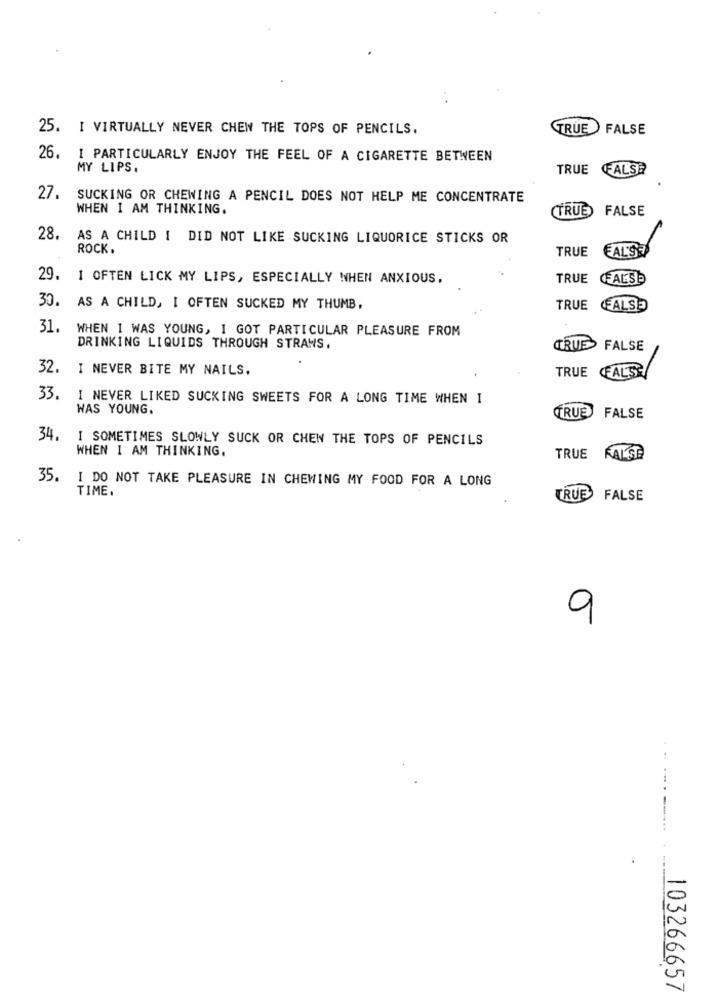
25. I VIRTUALLY NEVER CHEW THE TOPS OF PENCILS.
TRUE
FALSE
26.
I PARTICULARLY ENJOY THE FEEL OF A CIGARETTE BETWEEN
MY LIPS.
TRUE FALSE
27. SUCKING OR CHEWING A PENCIL DOES NOT HELP ME CONCENTRATE
WHEN I AM THINKING.
(TRUE) FALSE
28.
AS A CHILD I DID NOT LIKE SUCKING LIQUORICE STICKS OR
ROCK.
TRUE
FAL'S
29. 1 OFTEN LICK MY LIPS, ESPECIALLY WHEN ANXIOUS,
TRUE
FALSE
30. AS A CHILD, I OFTEN SUCKED MY THUMB,
TRUE
FALSE
31.
WHEN I WAS YOUNG, I GOT PARTICULAR PLEASURE FROM
DRINKING LIQUIDS THROUGH STRAWS,
CRUE
FALSE
32.
I NEVER BITE MY NAILS.
TRUE FALSE
33.
I NEVER LIKED SUCKING SWEETS FOR A LONG TIME WHEN I
WAS YOUNG.
TRUE FALSE
34.
I SOMETIMES SLOWLY SUCK OR CHEN THE TOPS OF PENCILS
WHEN I AM THINKING.
TRUE FALSE
35.
I DO NOT TAKE PLEASURE IN CHEWING MY FOOD FOR A LONG
TIME.
TRUE
FALSE
9
103266657